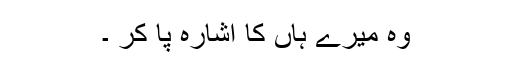
وہ میرے ہاں کا اشارہ پا کر ۔